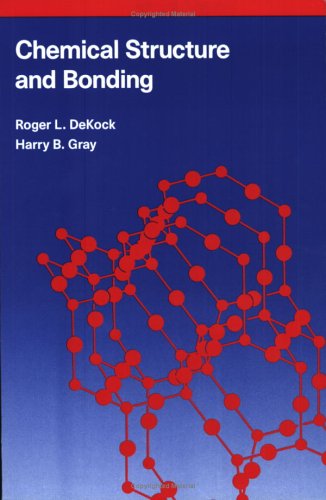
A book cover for Chemical Structure and Bonding; Roger L. Dekock; Science & Math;